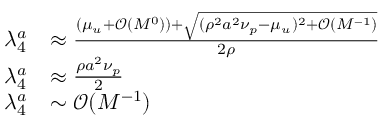
\begin{array} { r l } { \lambda _ { 4 } ^ { a } } & { \approx \frac { ( \mu _ { u } + \mathcal { O } ( M ^ { 0 } ) ) + \sqrt { ( \rho ^ { 2 } a ^ { 2 } \nu _ { p } - \mu _ { u } ) ^ { 2 } + \mathcal { O } ( M ^ { - 1 } ) } } { 2 \rho } } \\ { \lambda _ { 4 } ^ { a } } & { \approx \frac { \rho a ^ { 2 } \nu _ { p } } { 2 } } \\ { \lambda _ { 4 } ^ { a } } & { \sim \mathcal { O } ( M ^ { - 1 } ) } \end{array}